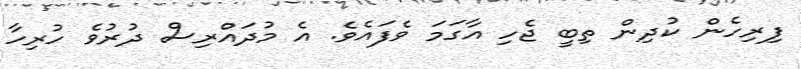
ފިރިހެން ކުދިން ތިބީ ޖެހި އާގަމަ ވެފައެވެ. އެ މުދައްރިސް ދުރުވެ ހުރިހާ